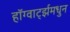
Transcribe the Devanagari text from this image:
हॉग्वार्ट्झमधुन